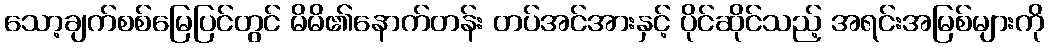
သော့ချက်စစ်မြေပြင်တွင် မိမိ၏နောက်တန်း တပ်အင်အားနှင့် ပိုင်ဆိုင်သည့် အရင်းအမြစ်များကို